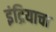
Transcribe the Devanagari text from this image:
इंद्रियाचा